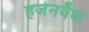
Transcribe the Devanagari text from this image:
हजेनवैक